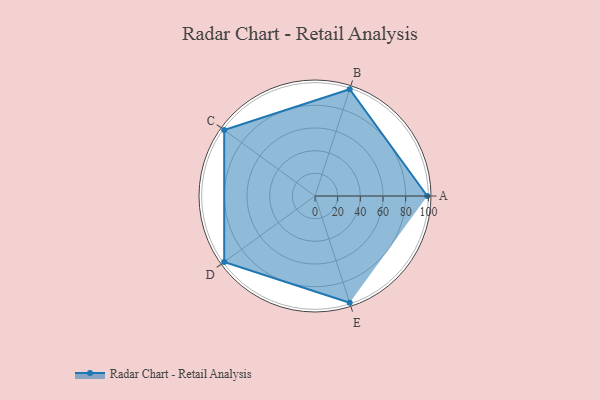
{"axis": {"x": "Skill", "y": "Score"}, "legend": ["Profile"], "data": [{"x": "A", "y": 99, "type": "Profile"}, {"x": "B", "y": 99, "type": "Profile"}, {"x": "C", "y": 99, "type": "Profile"}, {"x": "D", "y": 99, "type": "Profile"}, {"x": "E", "y": 99, "type": "Profile"}]}